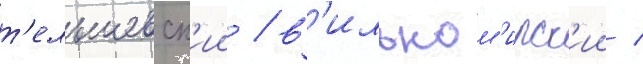
т'ельшевск'ии / в'ильком'ирск'ии /